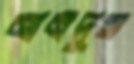
নানদুস